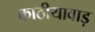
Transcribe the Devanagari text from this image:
काठीयावाड़